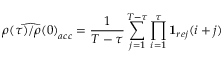
\widehat { \rho ( \tau ) / \rho ( 0 ) } _ { a c c } = \frac { 1 } { T - \tau } \sum _ { j = 1 } ^ { T - \tau } \prod _ { i = 1 } ^ { \tau } \mathbf { 1 } _ { r e j } ( i + j )